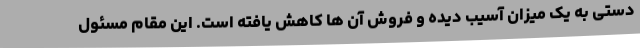
دستی به یک میزان آسیب دیده و فروش آن ها کاهش یافته است. این مقام مسئول